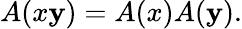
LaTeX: A(x\mathbf{y})=A(x)A(\mathbf{y}).